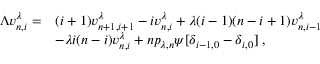
\begin{array} { r l } { \Lambda v _ { n , i } ^ { \lambda } = } & { ( i + 1 ) v _ { n + 1 , i + 1 } ^ { \lambda } - i v _ { n , i } ^ { \lambda } + \lambda ( i - 1 ) ( n - i + 1 ) v _ { n , i - 1 } ^ { \lambda } } \\ & { - \lambda i ( n - i ) v _ { n , i } ^ { \lambda } + n p _ { \lambda , n } \psi [ \delta _ { i - 1 , 0 } - \delta _ { i , 0 } ] \; , } \end{array}